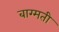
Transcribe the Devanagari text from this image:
बाग्मती